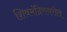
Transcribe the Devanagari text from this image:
शिवमंदिरावरील